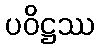
ပဝိဋ္ဌဿ